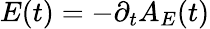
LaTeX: E(t)=-\partial_{t}A_{E}(t)